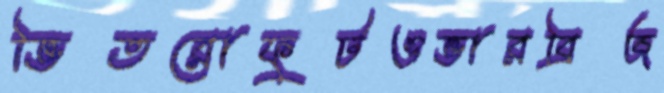
ভিতরোফুটওভারব্রিজ